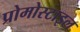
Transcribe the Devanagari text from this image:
प्रोमोस्टाइल